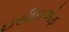
ઇસીઇએફ